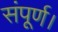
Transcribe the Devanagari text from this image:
संपूर्ण।